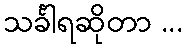
သင်္ခါရဆိုတာ ...